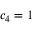
c _ { 4 } = 1